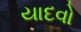
યાદવો